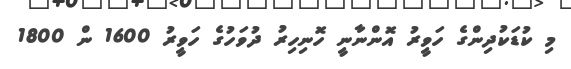
މި ކުޑަކުދިންގެ ހަވީރު އޮންނާނީ ހޮނިހިރު ދުވަހުގެ ހަވީރު 1600 ން 1800